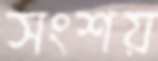
সংশয়